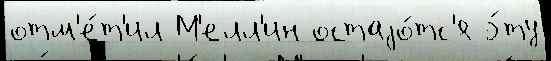
отм'е́т'ил М'елл'ин остаjо́тс'я э́ту